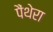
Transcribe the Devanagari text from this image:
पैंथेरा